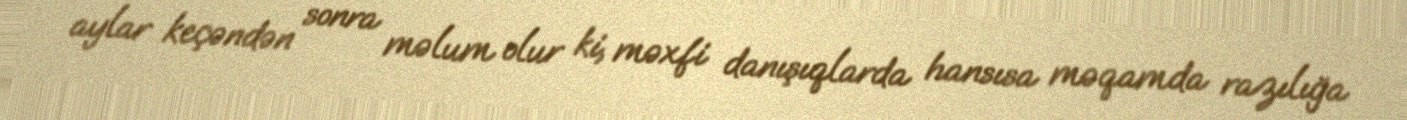
aylar keçəndən sonra məlum olur ki, məxfi danışıqlarda hansısa məqamda razılığa